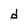
Character: d